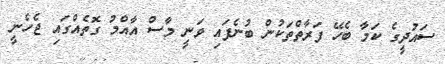
ސައުދީގެ ކަމާ ބެހޭ ފަރާތްތަކުން ބުނެފައި ވަނީ މާސް އާއްމު ގޮތެއްގައި ޖެހެނީ